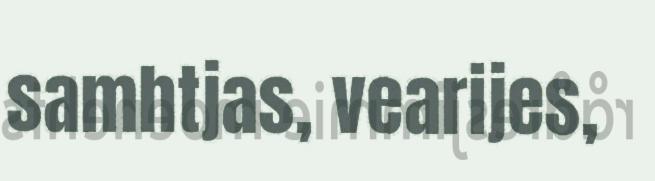
samhtjas, vearijes,